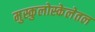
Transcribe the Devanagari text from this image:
मुस्कुलोस्केलेतल